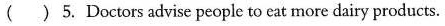
()5. Doctors advise people to eat more dairy products.